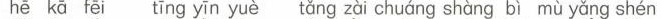
hē kā fēi tīng yīn yuè tǎng zài chuáng shàng bì mù yǎng shén